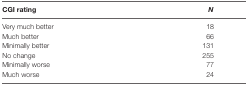
| CGI rating | N |
 | --- | --- |
 | Very much better | 18 |
 | Much better | 66 |
 | Minimally better | 131 |
 | No change | 255 |
 | Minimally worse | 77 |
 | Much worse | 24 |